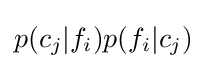
p(c_{j}|f_{i})p(f_{i}|c_{j})\